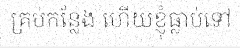
គ្រប់កន្លែង ហើយខ្ញុំធ្លាប់ទៅ